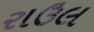
રાઉલ